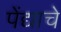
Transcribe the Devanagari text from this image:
पेंद्याचे